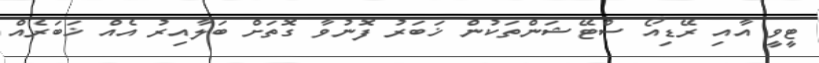
ޓީވީ އާއި ރޭޑިއޯ ސްޓޭޝަންތަކުން ޚަބަރު ފޮނުވާ ގޮތަށް ބަލާއިރު އެއް ޚަބަރެއް